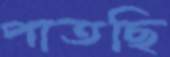
পাতছি